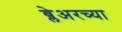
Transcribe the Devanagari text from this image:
ब्लेअरच्या